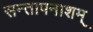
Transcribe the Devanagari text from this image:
सन्तापनाशम्